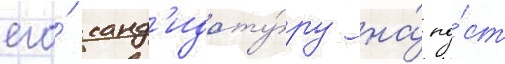
его́ канд'идату́ру на́ по́ст